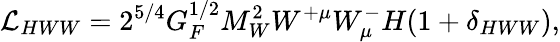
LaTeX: {\cal L}_{HWW}=2^{5/4}G_{F}^{1/2}M_{W}^{2}W^{+\mu}W_{\mu}^{-}H(1+\delta_{HWW}),